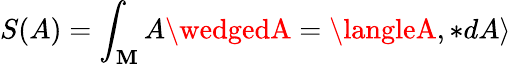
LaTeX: S(A)=\int_{\mathbf{M}}A\wedgedA=\langleA,*dA\rangle